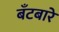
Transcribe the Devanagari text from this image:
बँटबारे